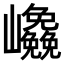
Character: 𭗹